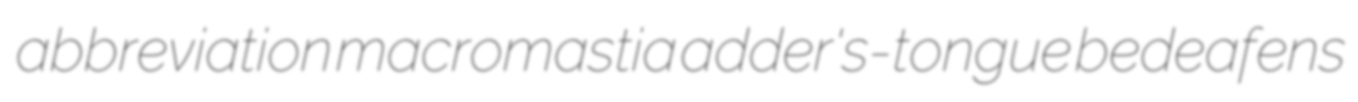
abbreviation macromastia adder's-tongue bedeafens